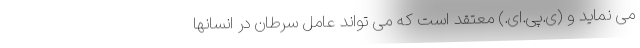
می نماید و (ی.پی.ای.) معتقد است که می تواند عامل سرطان در انسانها